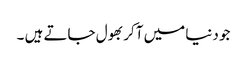
جو دنیا میں آکر بھول جاتے ہیں ۔